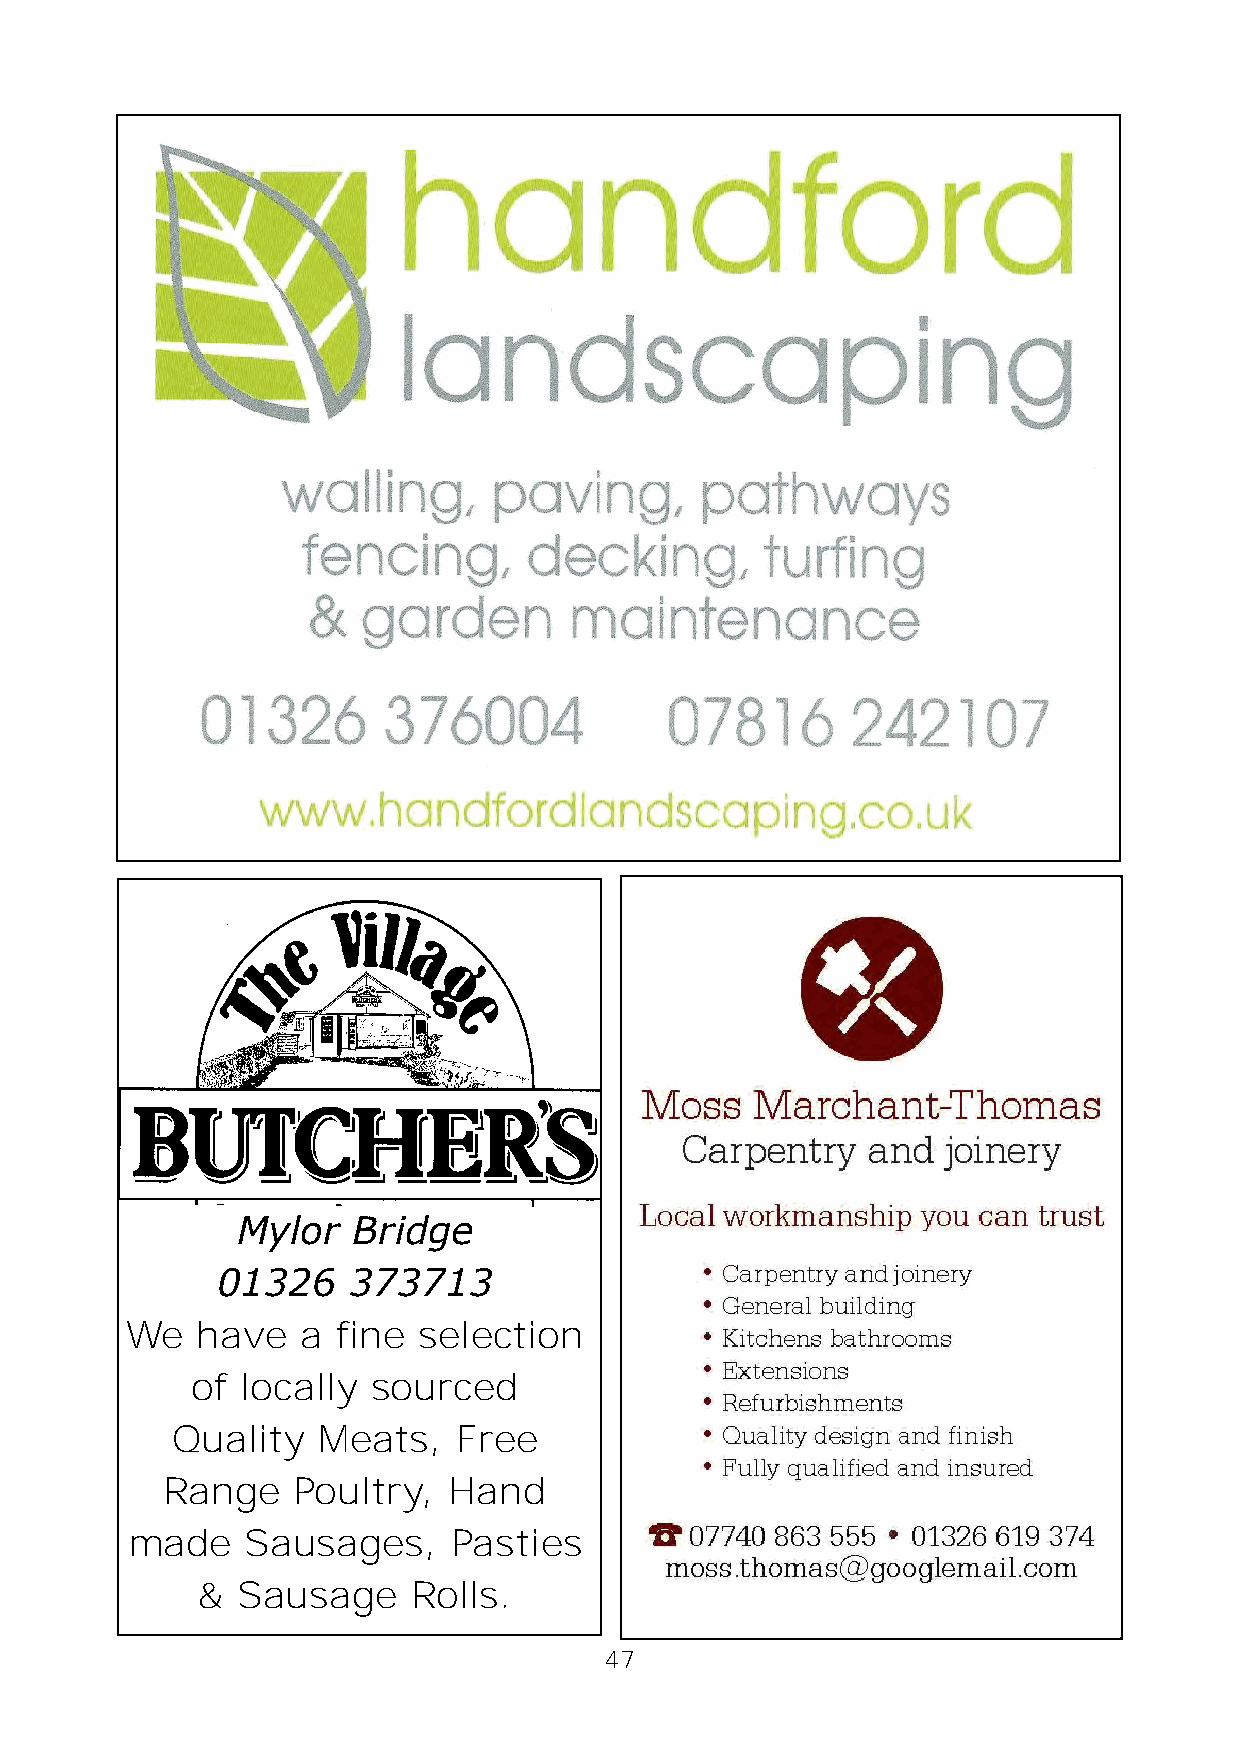
Mylor  Bridge
 01326    373713
 We   have   a fine  selection
 of locally  sourced
 Quality   Meats,   Free
 Range   Poultry,   Hand
 made    Sausages,     Pasties
 &  Sausage    Rolls.
 47